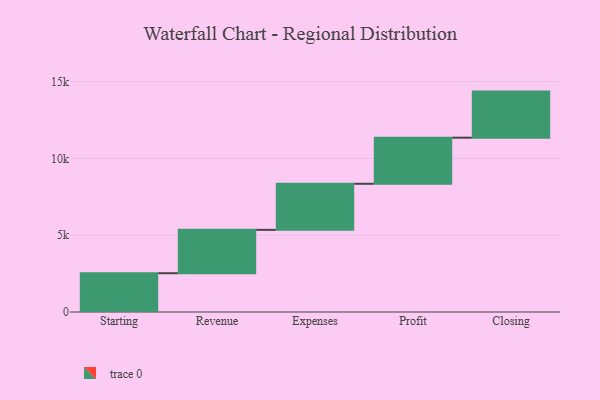
{"axis": {"x": "Step", "y": "Value"}, "legend": [""], "data": [{"x": "Starting", "y": 2524.0, "type": ""}, {"x": "Revenue", "y": 2823.0, "type": ""}, {"x": "Expenses", "y": 3000, "type": ""}, {"x": "Profit", "y": 3000, "type": ""}, {"x": "Closing", "y": 3000, "type": ""}]}